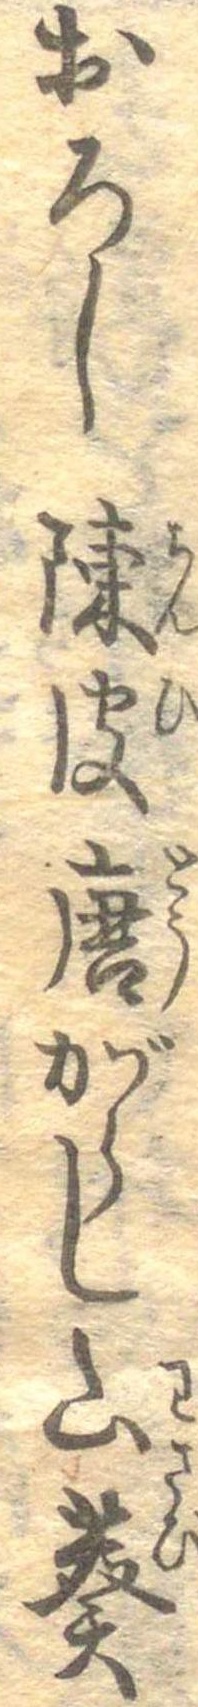
おろし陳皮唐がらし山葵